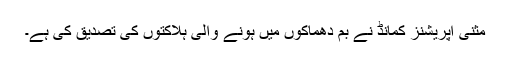
مثنیٰ آپریشنز کمانڈ نے بم دھماکوں میں ہونے والی ہلاکتوں کی تصدیق کی ہے۔